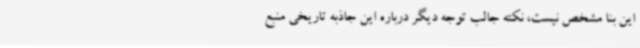
این بنا مشخص نیست، نکته جالب توجه دیگر درباره این جاذبه تاریخی منبع